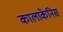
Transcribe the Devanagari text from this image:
कालाकेनिस